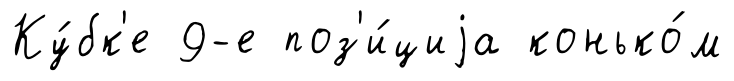
Ку́бк'е 9-е поз'и́циjа конько́м